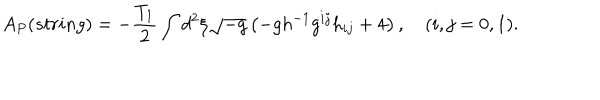
LaTeX: A _ { P } ( s t r i n g ) = - \frac { T _ { 1 } } { 2 } \int d ^ { 2 } { \xi } \sqrt { - g } \left( - g h ^ { - 1 } g ^ { i j } h _ { i j } + 4 \right) , ( i , j = 0 , 1 ) .